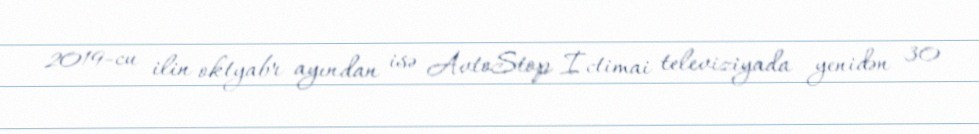
2019-cu ilin oktyabr ayından isə AvtoStop İctimai televiziyada yenidən 30